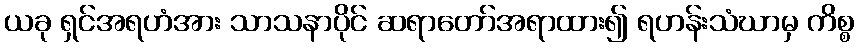
ယခု ရှင်အရဟံအား သာသနာပိုင် ဆရာတော်အရာထား၍ ရဟန်းသံဃာမှ ကိစ္စ